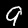
Label: 9